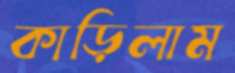
কাড়িলাম